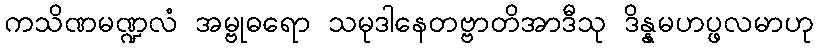
ကသိဏမဏ္ဍလံ အမ္ဗုဓရော သမုဒါနေတဗ္ဗာတိအာဒီသု ဒိန္နမဟပ္ဖလမာဟု